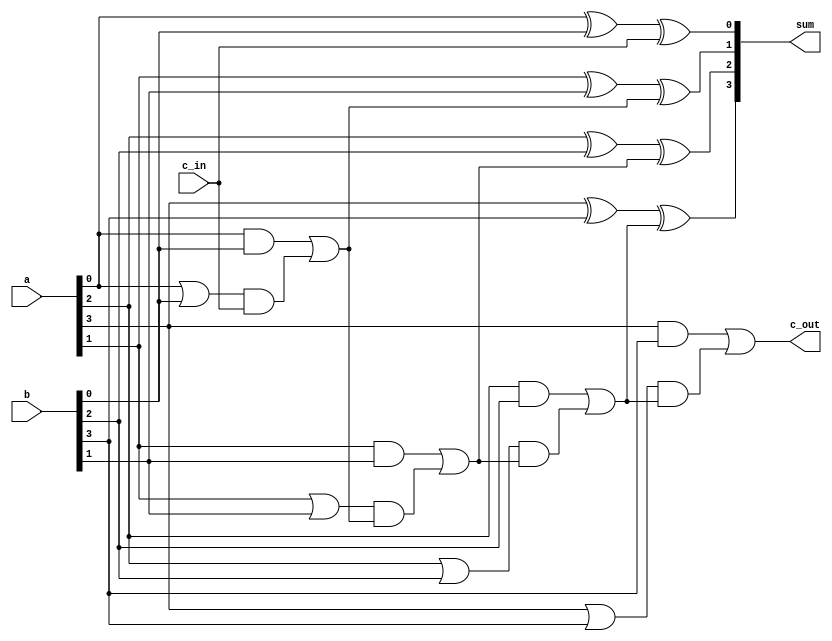
module cla_adder(a, b, c_in, c_out, sum);
  
  parameter width = 4;
  
  input [width-1:0] a, b;
  input c_in;
  output [width-1:0] sum;
  output c_out;
  
  wire [width:0] c_int;
  wire [width-1:0] a, b, sum;
  wire c_in, c_out, G, P;
  assign c_int[0] = c_in;
  genvar i;
  generate
    for (i = 0; i < width; i = i + 1)
    begin
      assign c_int[i+1] =  (a[i] & b[i]) | ((a[i] | b[i]) & c_int[i]);
      assign sum[i] = a[i] ^ b[i] ^ c_int[i];
    end
  endgenerate
  assign c_out = c_int[width];
endmodule